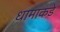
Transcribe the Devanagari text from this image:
धामाकडे